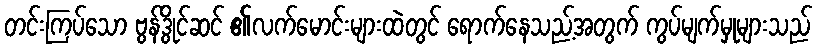
တင်းကြပ်သော ဗွန်ဒွိုင်ဆင် ၏လက်မောင်းများထဲတွင် ရောက်နေသည့်အတွက် ကွပ်မျက်မှုများသည်